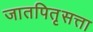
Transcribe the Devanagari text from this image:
जातपितृसत्ता